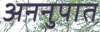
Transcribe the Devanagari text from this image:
अननुपात